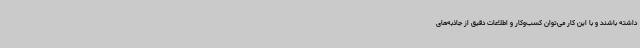
داشته باشند و با این کار می‌توان کسب‌وکار و اطلاعات دقیق از جاذبه‌های